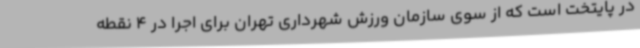
در پایتخت است که از سوی سازمان ورزش شهرداری تهران برای اجرا در 4 نقطه